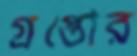
গ্রপ্তোর